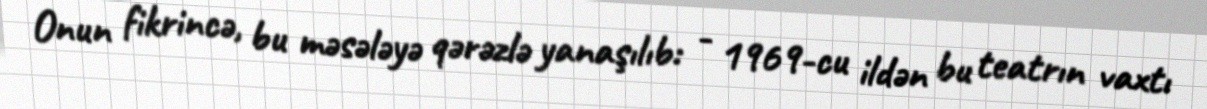
Onun fikrincə, bu məsələyə qərəzlə yanaşılıb: - 1969-cu ildən bu teatrın vaxtı